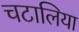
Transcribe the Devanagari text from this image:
चटालिया